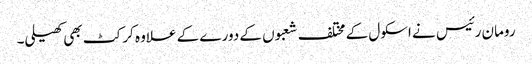
رومان رئیس نے اسکول کے مختلف شعبوں کے دورے کے علاوہ کرکٹ بھی کھیلی۔